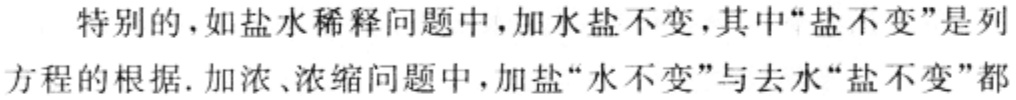
特别的，如盐水稀释问题中，加水盐不变，其中“盐不变”是列
方程的根据. 加浓、浓缩问题中，加盐“水不变”与去水“盐不变”都